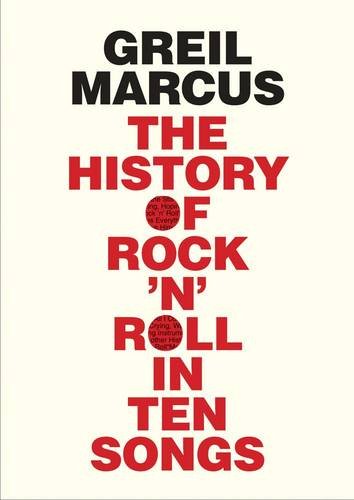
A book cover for The History of Rock 'n' Roll in Ten Songs; Greil Marcus; Arts & Photography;